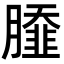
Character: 𦠿